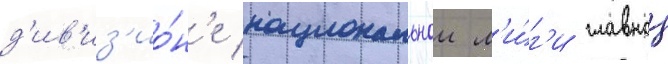
д'ив'из'ио́н'е национальнои л'и́г'и главнои